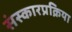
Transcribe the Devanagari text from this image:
संस्कारप्रक्रिया